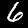
Label: 6